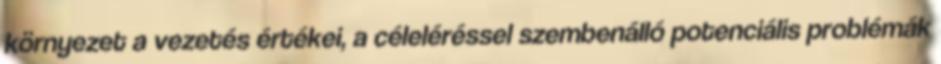
környezet a vezetés értékei, a céleléréssel szembenálló potenciális problémák